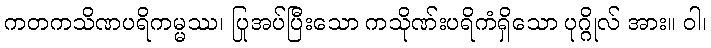
ကတကသိဏပရိကမ္မဿ၊ ပြုအပ်ပြီးသော ကသိုဏ်းပရိကံရှိသော ပုဂ္ဂိုလ် အား။ ဝါ၊